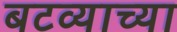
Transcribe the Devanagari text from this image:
बटव्याच्या